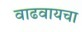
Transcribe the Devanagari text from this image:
वाढवायचा